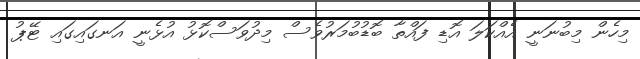
މިހެން މިބުނަނީ އެއްކަލަ އޮޑި ފައްތާ ބޮޑުބުމަރުވެސް މިދުވަސްކޮޅު އުޅެނީ އަނގައިގައި ޓޭޕު